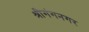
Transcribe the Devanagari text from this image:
श्रीगंगनगर